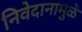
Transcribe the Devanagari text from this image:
निवेदानामुळे